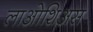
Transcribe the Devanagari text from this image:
लाओशिअस